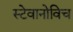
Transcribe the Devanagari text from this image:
स्टेवानोविच